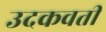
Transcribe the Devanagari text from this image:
उदकवती